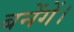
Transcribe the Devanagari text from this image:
बनेंगें।